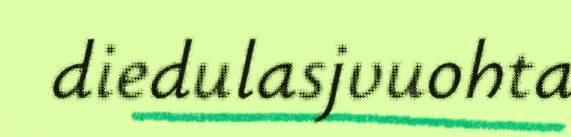
diedulasjvuohta